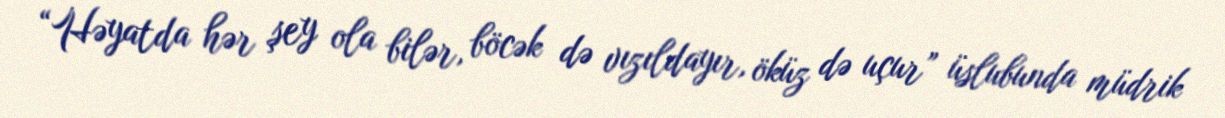
“Həyatda hər şey ola bilər, böcək də vızıldayır, öküz də uçur” üslubunda müdrik